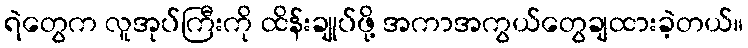
ရဲတွေက လူအုပ်ကြီးကို ထိန်းချုပ်ဖို့ အကာအကွယ်တွေချထားခဲ့တယ်။